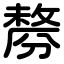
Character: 剺